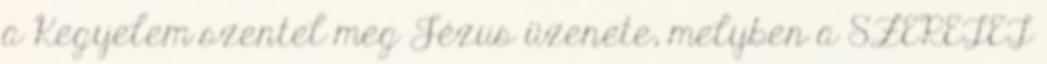
a Kegyelem szentel meg Jézus üzenete, melyben a SZERETET